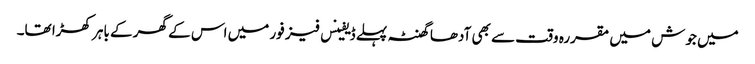
میں جوش میں مقررہ وقت سے بھی آدھا گھنٹہ پہلے ڈیفینس فیز فور میں اس کے گھر کے باہر کھڑا تھا۔